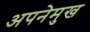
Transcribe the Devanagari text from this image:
अपनेमुख